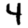
Digit: 4